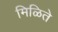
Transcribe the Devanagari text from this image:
मिळिते